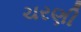
ચરણી